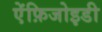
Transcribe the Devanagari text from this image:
ऐंफ़िजोइडी